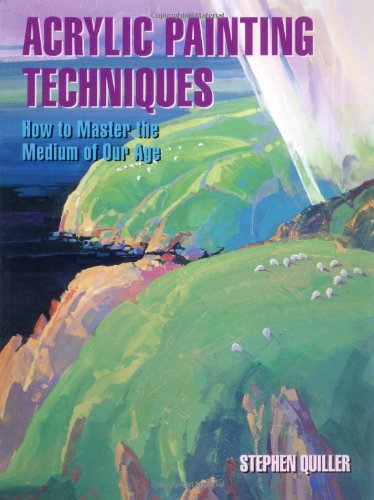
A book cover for Acrylic Painting Techniques; Stephen Quiller; Arts & Photography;